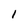
Character: l